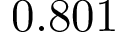
0 . 8 0 1